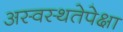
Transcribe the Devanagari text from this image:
अस्वस्थतेपेक्षा